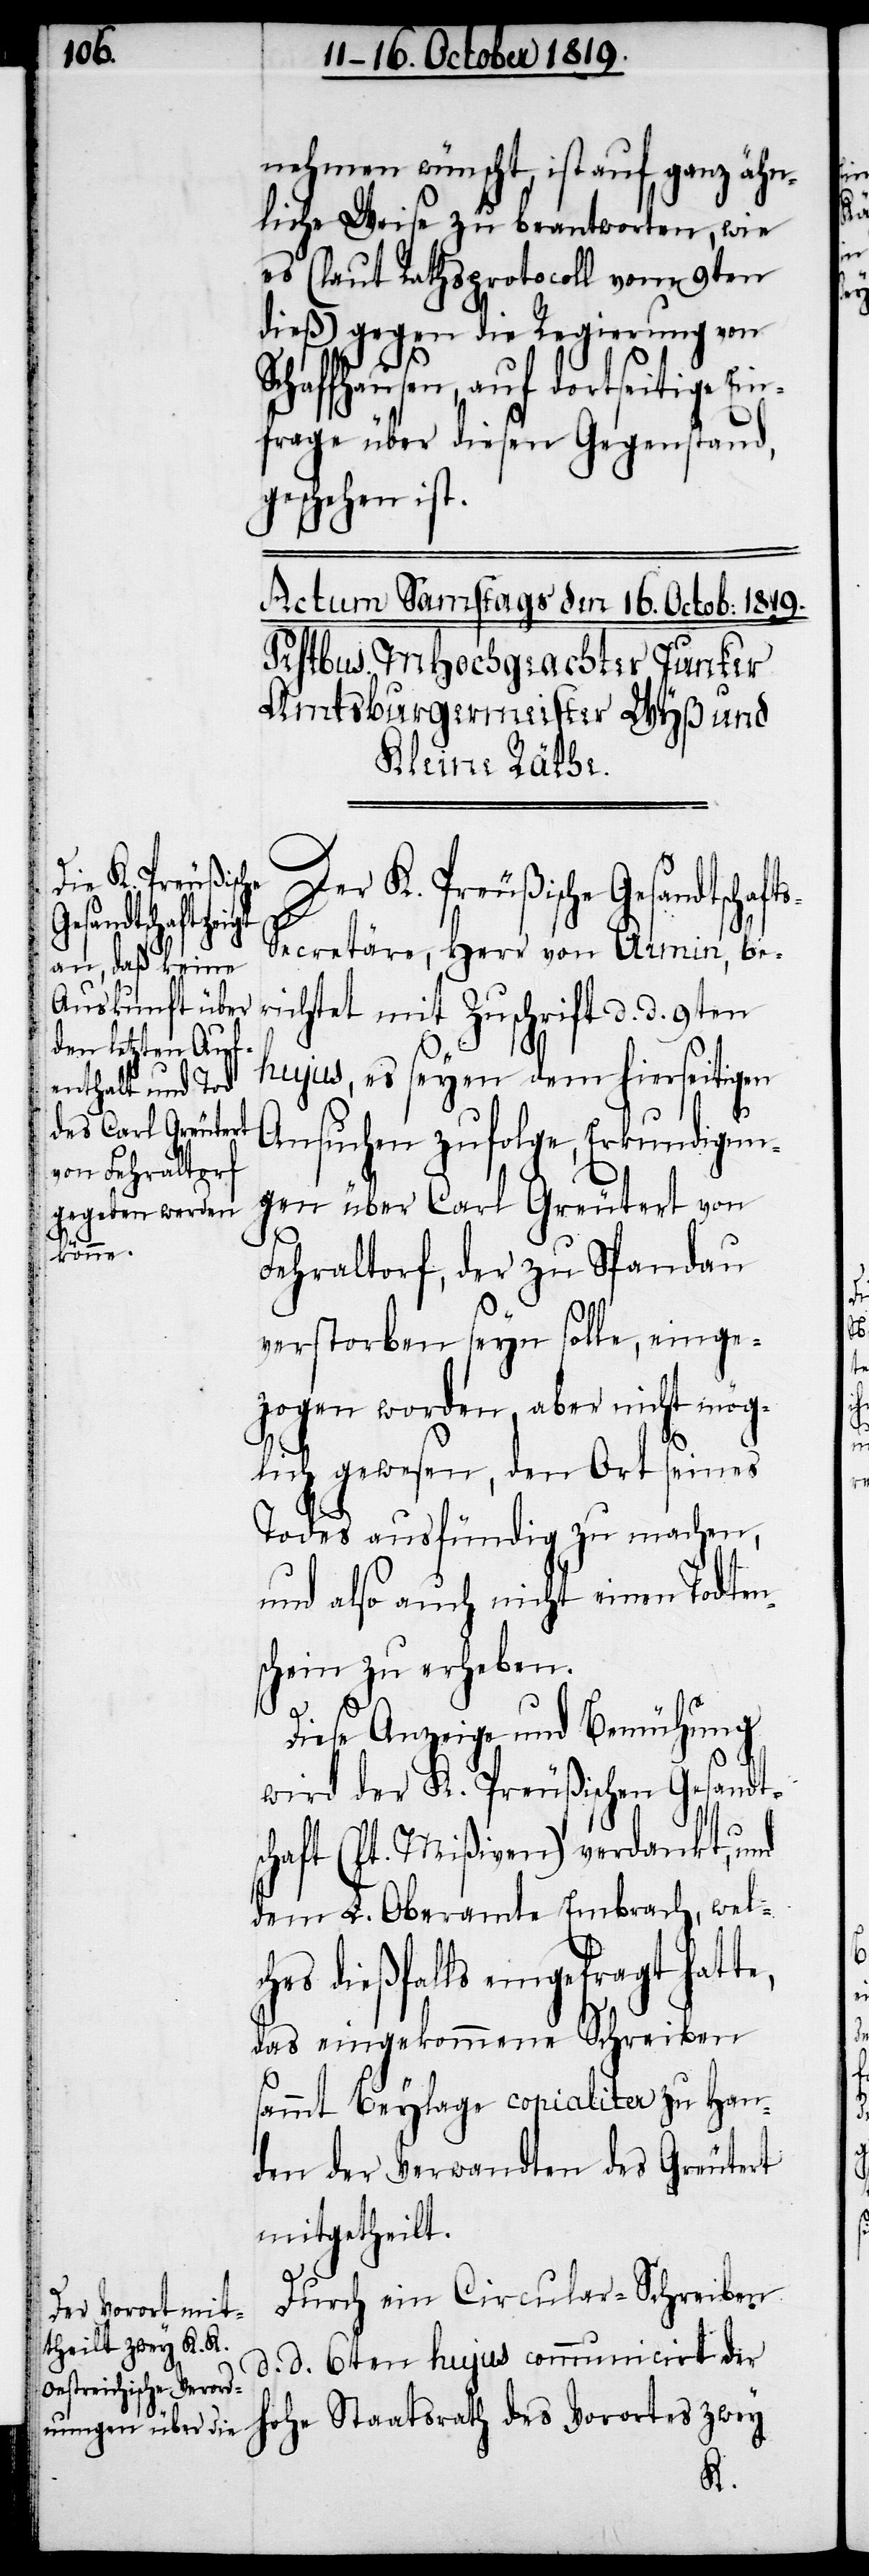
nehmen wünscht, ist auf ganz ähn¬
liche Weise zu beantworten, wie
es (laut Rathsprotocoll vom 9ten
dieß) gegen die Regierung von
Schaffhausen, auf dortseite Ein¬
frage über diesen Gegenstand,
geschehen ist.
Der K. Preußische
hohe Staatsrath
ecretäre, Herr von Armin, be¬
richtet mit Zuschrift d. d. 9ten
hujus, es seyen dem hierseitigen
Ansuchen zufolge, Erkundigun¬
gen über Carl Greutert von
Fehraltorf, der zu Spandau
des
verstorben seyn solle, einge¬
zogen worden, aber nicht mög¬
lich gewesen, den Ort seines
Todes ausfündig zu machen,
und also auch nicht einen Todten¬
schein zu erheben.
Diese Anzeige und Bemühung
wird der K. Preußischen Gesandts¬
chaft (lt. Mißiven) verdankt, und
dem L. Oberamte Embrach, welc¬
hes dießfalls eingefragt hat¬
das eingekommene Schreiben
sammt Beylage copialiter zu Han¬
den der Verwandten des Greutert
mitgetheilt.
Durch ein Circular-Schreiben
d. d. 6ten hujus communicirt der